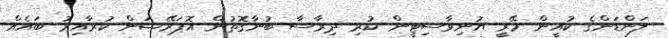
ލަންޑަންގެ ކުއީން މޭރީ ޔުނިވާސިޓީން ކުރި ދިރާސާ ބުނާގޮތުން އޮޕަރޭޝަން ކުރާއިރު ބައެއް